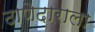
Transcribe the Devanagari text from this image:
ठाणेदाराला